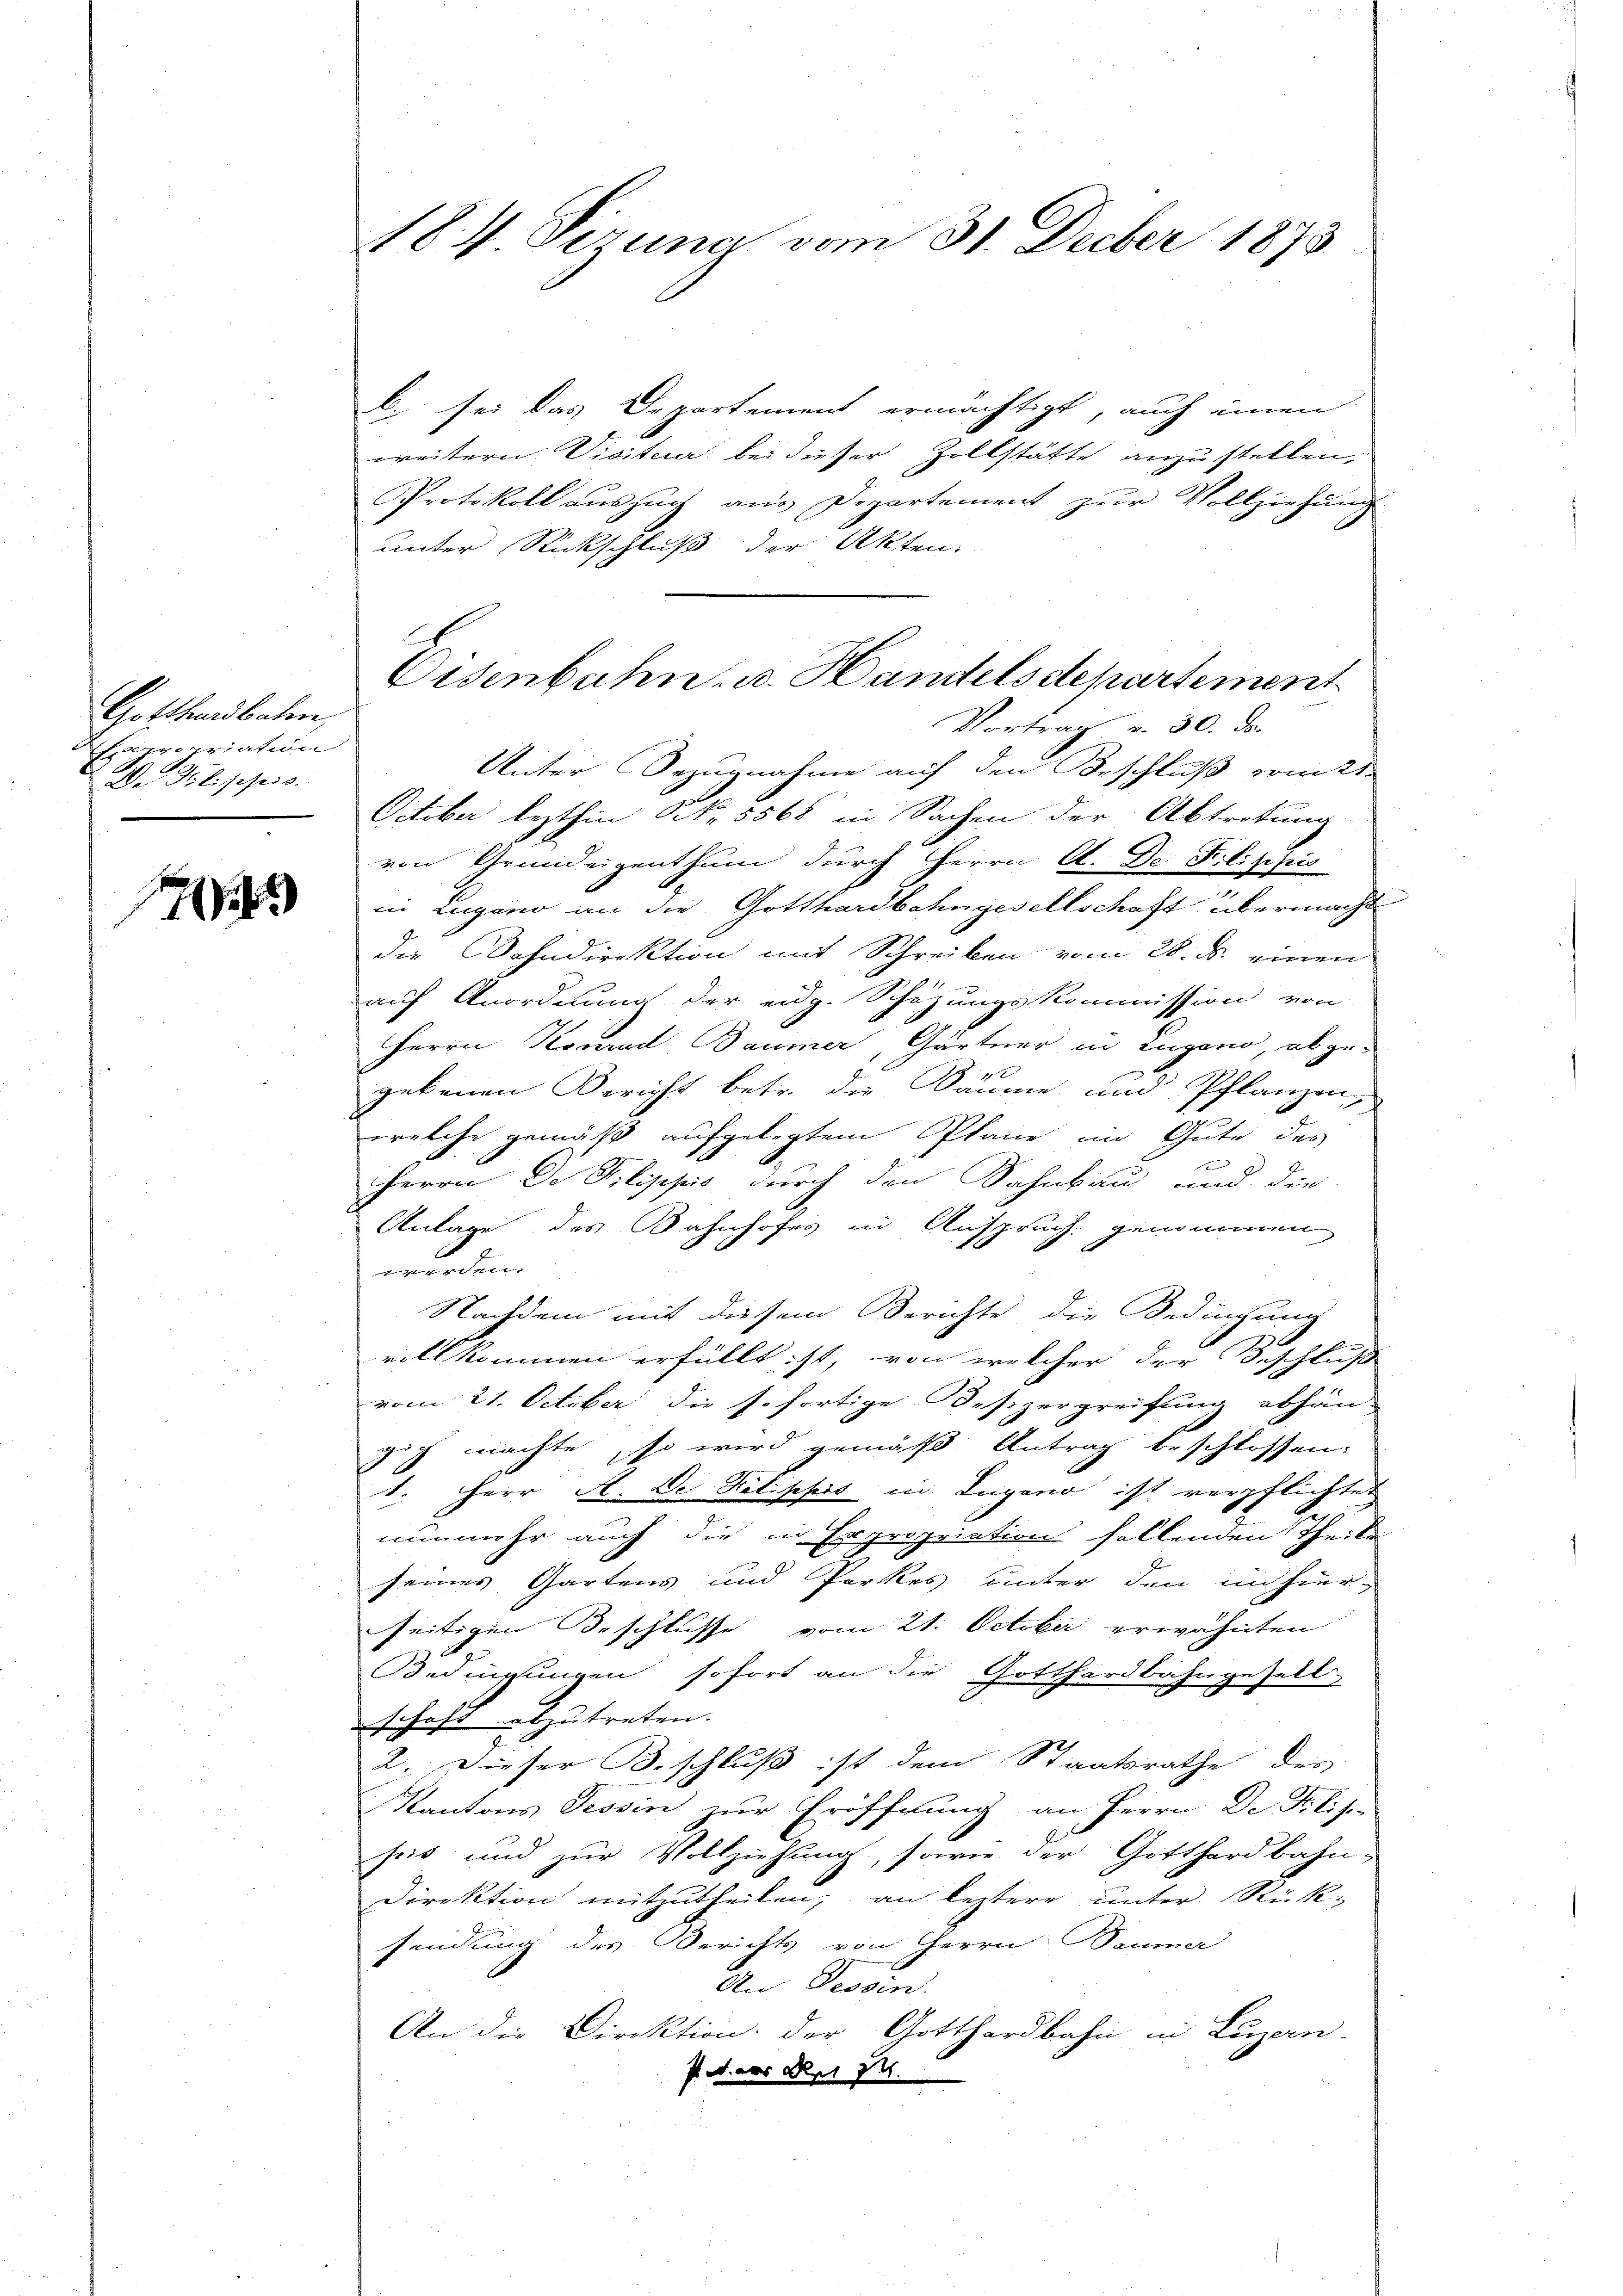
Gotthardbalen,
Ehrropriation
De Polischei

1

184 Sirung vom 31. Decber 1873

. sei das Departement ermächtigt, auch einen
weitern Visiteuer bei dieser Zollstätte anzustellen,
Protokoll auszug aus Departement zur Vollziehung
unter Rückschluß der Akten.
Unter Bezugnahme auf den Beschluß vom 21.
October lezthin Nr. 5568 in Sachen der Abtretung
von Grundeigenthum durch Herrn A. De Filippis
in Zugano an die Gotthardbahngesellschaft übermacht
die Dahndirektion mit Schreiben vom 28. d. einen
auf Anordnung der eidg. Schäzungskommission von
Herrn Konrad Baumer, Gärtner in Lugano, abgegebenen Bericht betr. die Bäume und Pflanzen,
welche gemäß aufgelegtem Plane im Gute des
Herrn De Pilippić, durch den Sahnbau und die
Anlage des Bahnhofes in Anspruch genommen
werden.
Nachdem mit diesem Berichte die Bedinschung
vollkommen erfüllt ist, von welcher der Beschluß
vom 21. October die sofortige Besizergreifung abhän-
zig machte, so wird gemäß Antrag beschlossen:
1. Herr A. De Pilippis in Lugano ist verpflichter
nunmehr auch die in Erpropriation fallenden Theile
seines Gartens und Perkes unter den in hier-
seitigen Beschlusse vom 21. October erwähnten
Bedingungen sofort an die Gotthardbahngesell-
schaft abzutreten.
2. Dieser Beschluß ist dem Staatsrathe des
Kantons Tessin zur Eröffnung an Herrn Dr Plis-
sis und zur Vollziehung, sowie der Gotthardbahn-
Direktion mitzutheilen, an leztere unter Rück-
sendung des Berichts von Herrn Baumer
An Tessin.
An die Direktion der Gotthardbahn in Luzern.
s. aus Rat 74.

Eisenbahn u. Handelsdepartement
Vortrag u. 30. ds.